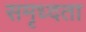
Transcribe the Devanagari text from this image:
समृध्दता